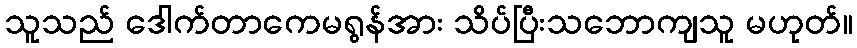
သူသည် ဒေါက်တာကေမရွန်အား သိပ်ပြီးသဘောကျသူ မဟုတ်။